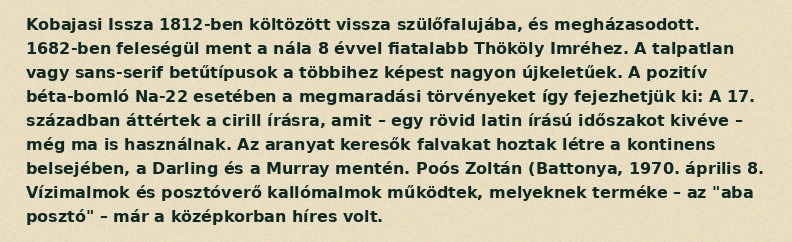
Kobajasi Issza 1812-ben költözött vissza szülőfalujába, és megházasodott. 1682-ben feleségül ment a nála 8 évvel fiatalabb Thököly Imréhez. A talpatlan vagy sans-serif betűtípusok a többihez képest nagyon újkeletűek. A pozitív béta-bomló Na-22 esetében a megmaradási törvényeket így fejezhetjük ki: A 17. században áttértek a cirill írásra, amit – egy rövid latin írású időszakot kivéve – még ma is használnak. Az aranyat keresők falvakat hoztak létre a kontinens belsejében, a Darling és a Murray mentén. Poós Zoltán (Battonya, 1970. április 8. Vízimalmok és posztóverő kallómalmok működtek, melyeknek terméke – az "aba posztó" – már a középkorban híres volt.